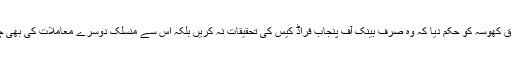
عدالت نے طارق کھوسہ کو حکم دیا کہ وہ صرف بینک آف پنجاب فراڈ کیس کی تحقیقات نہ کریں بلکہ اس سے منسلک دوسرے معاملات کی بھی چھان بین کریں۔